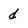
Character: d